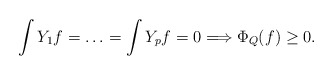
\begin{align*} \int Y_1f=\ldots=\int Y_pf=0\Longrightarrow \Phi_Q(f)\geq 0. \end{align*}